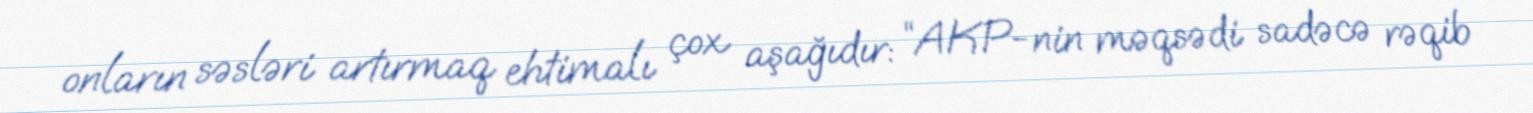
onların səsləri artırmaq ehtimalı çox aşağıdır: “AKP-nin məqsədi sadəcə rəqib